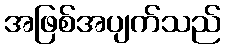
အဖြစ်အပျက်သည်